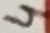
Text: 4